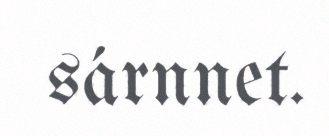
sárnnet.